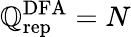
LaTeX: \mathbb{Q}_{\mathrm{{rep}}}^{\mathrm{{DFA}}}=N